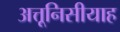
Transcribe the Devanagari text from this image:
अत्तूनिसीयाह